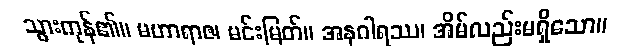
သွားကုန်၏။ မဟာရာဇ၊ မင်းမြတ်။ အနဂါရဿ၊ အိမ်လည်းမရှိသော။